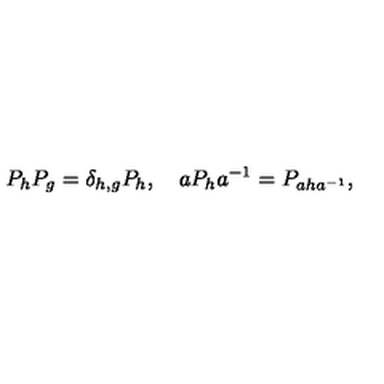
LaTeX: P _ { h } P _ { g } = \delta _ { h , g } P _ { h } , \quad a P _ { h } a ^ { - 1 } = P _ { a h a ^ { - 1 } } ,